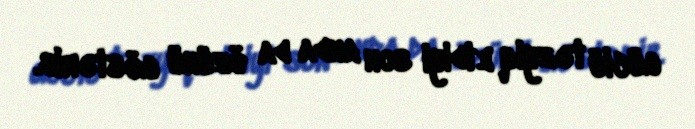
güclü təzyiq etdiyi son anda da özünü göstərib.